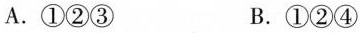
A.①②③ B.①②④